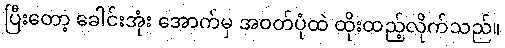
ပြီးတော့ ခေါင်းအုံး အောက်မှ အဝတ်ပုံထဲ ထိုးထည့်လိုက်သည်။